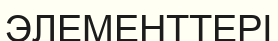
ЭЛЕМЕНТТЕРІ